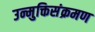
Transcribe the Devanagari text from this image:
उन्मुक्तिसंक्रमण